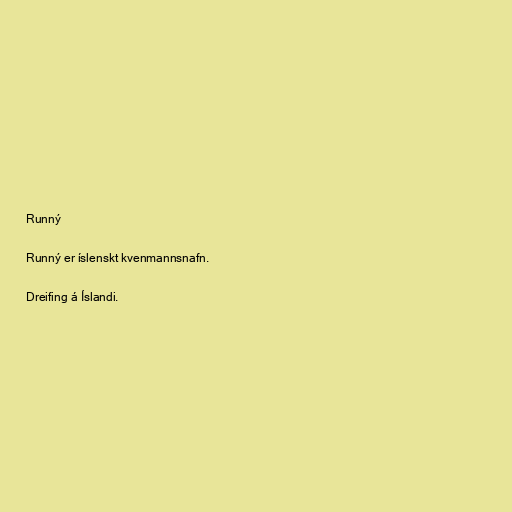
Runný

Runný er íslenskt kvenmannsnafn.

Dreifing á Íslandi.